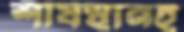
শীর্ষস্থানই